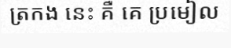
ត្រកង នេះ គឺ គេ ប្រមៀល